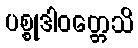
ပစ္စုဒါဝတ္တေသိ